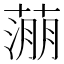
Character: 𬞉